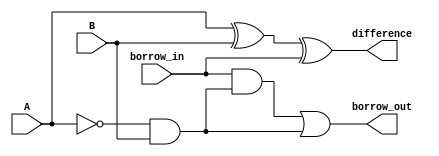
module GateLevelSubtractor (
  input wire A, // Operand A
  input wire B, // Operand B
  input wire borrow_in, // Borrow-in signal
  output wire difference, // Difference output
  output wire borrow_out // Borrow-out signal
);

  // XOR gates for calculating the difference
  wire xor1_out;
  wire xor2_out;
  wire borrow_xor;

  assign xor1_out = A ^ B;
  assign xor2_out = xor1_out ^ borrow_in;
  assign difference = xor2_out;

  // AND gate to calculate borrow-out signal
  assign borrow_xor = ~A & B;
  assign borrow_out = borrow_in & borrow_xor | ~A & B;

endmodule